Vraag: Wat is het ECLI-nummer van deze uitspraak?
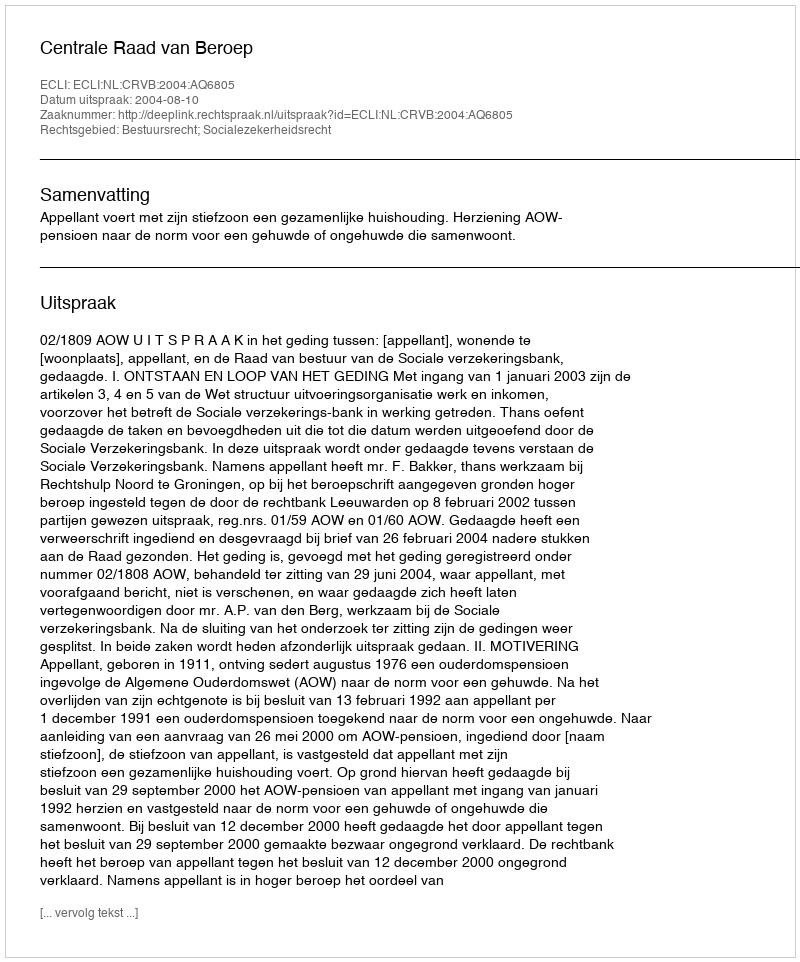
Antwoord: ECLI:NL:CRVB:2004:AQ6805